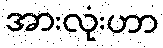
အားလုံးဟာ